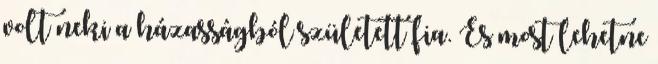
volt neki a házasságból született fia. És most lehetne